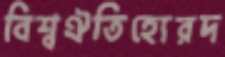
বিশ্বঐতিহ্যেরদ